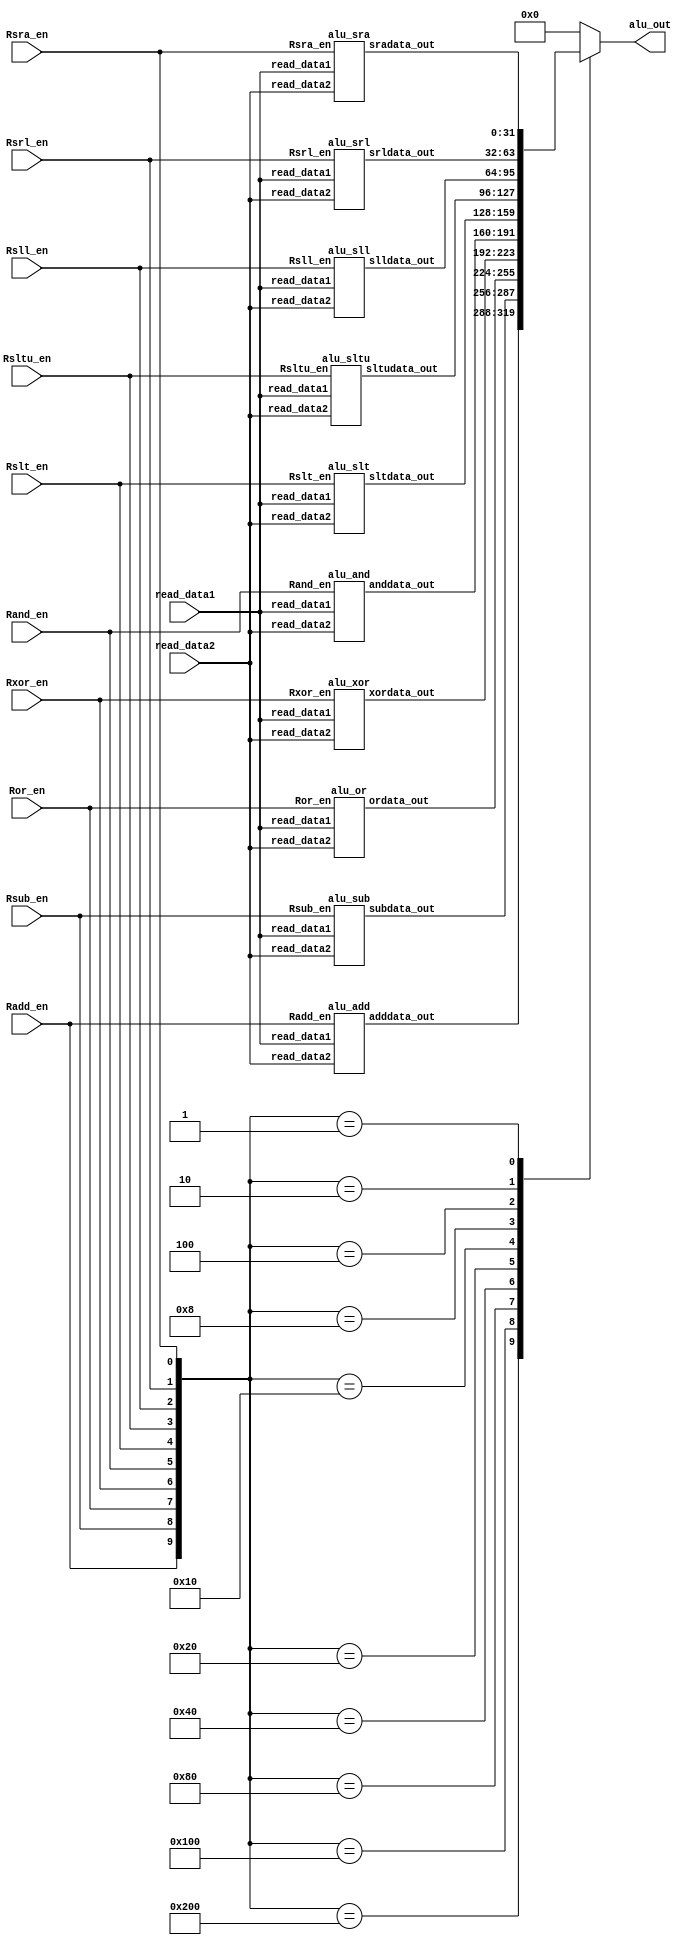
module alu_module(Radd_en,Rsub_en,Ror_en,Rxor_en,Rand_en,Rslt_en,Rsltu_en,Rsll_en,Rsrl_en,Rsra_en,read_data1,read_data2,alu_out);

input wire Radd_en,Rsub_en,Ror_en,Rxor_en,Rand_en,Rslt_en,Rsltu_en,Rsll_en,Rsrl_en,Rsra_en;
input wire [31:0] read_data1,read_data2;
output reg [31:0] alu_out;

wire [31:0] adddata_out,subdata_out,ordata_out,xordata_out,anddata_out,sltdata_out,sltudata_out,slldata_out,srldata_out,sradata_out;

alu_add u1(.read_data1(read_data1),.read_data2(read_data2),.adddata_out(adddata_out),.Radd_en(Radd_en));
alu_sub u2(.read_data1(read_data1),.read_data2(read_data2),.subdata_out(subdata_out),.Rsub_en(Rsub_en));
alu_or u3(.read_data1(read_data1),.read_data2(read_data2),.ordata_out(ordata_out),.Ror_en(Ror_en));
alu_xor u4(.read_data1(read_data1),.read_data2(read_data2),.xordata_out(xordata_out),.Rxor_en(Rxor_en));
alu_and u5(.read_data1(read_data1),.read_data2(read_data2),.anddata_out(anddata_out),.Rand_en(Rand_en));
alu_slt u6(.read_data1(read_data1),.read_data2(read_data2),.sltdata_out(sltdata_out),.Rslt_en(Rslt_en));
alu_sltu u7(.read_data1(read_data1),.read_data2(read_data2),.sltudata_out(sltudata_out),.Rsltu_en(Rsltu_en));
alu_sll u8(.read_data1(read_data1),.read_data2(read_data2),.slldata_out(slldata_out),.Rsll_en(Rsll_en));
alu_srl u9(.read_data1(read_data1),.read_data2(read_data2),.srldata_out(srldata_out),.Rsrl_en(Rsrl_en));
alu_sra u10(.read_data1(read_data1),.read_data2(read_data2),.sradata_out(sradata_out),.Rsra_en(Rsra_en));

always@(*)
begin
case({Radd_en,Rsub_en,Ror_en,Rxor_en,Rand_en,Rslt_en,Rsltu_en,Rsll_en,Rsrl_en,Rsra_en})

10'b1000000000 : alu_out<=adddata_out;
10'b0100000000 : alu_out<=subdata_out;
10'b0010000000 : alu_out<=ordata_out;
10'b0001000000 : alu_out<=xordata_out;
10'b0000100000 : alu_out<=anddata_out;
10'b0000010000 : alu_out<=sltdata_out;
10'b0000001000 : alu_out<=sltudata_out;
10'b0000000100 : alu_out<=slldata_out;
10'b0000000010 : alu_out<=srldata_out;
10'b0000000001 : alu_out<=sradata_out;
default : alu_out<=0;
endcase
end
endmodule

//add
module alu_add(
input [31:0]read_data1,
input [31:0]read_data2,
output [31:0] adddata_out,
input Radd_en
);

assign adddata_out=Radd_en?(read_data1 + read_data2):0;
endmodule


//sub
module alu_sub(
input [31:0]read_data1,
input [31:0]read_data2,
output [31:0] subdata_out,

input Rsub_en
);

assign subdata_out=Rsub_en?((read_data1 > read_data2)?(read_data1-read_data2):(read_data2-read_data1)):0;
endmodule


//or
module alu_or(
input [31:0]read_data1,
input [31:0]read_data2,
output [31:0] ordata_out,

input Ror_en
);

assign ordata_out=Ror_en?(read_data1 | read_data2):0;
endmodule


//xor
module alu_xor(
input [31:0]read_data1,
input [31:0]read_data2,
output [31:0] xordata_out,

input Rxor_en
);

assign xordata_out=Rxor_en?(read_data1^read_data2):0;
endmodule

//and
module alu_and(
input [31:0]read_data1,
input [31:0]read_data2,
output reg [31:0] anddata_out,

input Rand_en
);

always@(*)
begin
if(Rand_en)
anddata_out<=(read_data1) & (read_data2);
else
anddata_out<=0;
end
endmodule

//slt
module alu_slt(
input [31:0]read_data1,
input [31:0]read_data2,
output reg [31:0] sltdata_out,

input Rslt_en
);

always@(*)
begin
case(Rslt_en)
1'b1:
begin
if(read_data1[31]==0 && read_data2[31]==0)
   begin
   if(read_data1<read_data2)
        sltdata_out<=1;
   else if(read_data1>read_data2)
	sltdata_out<=0;
   else
	sltdata_out<=32'bx;
   end
else if(read_data1[31]==0 && read_data2[31]==1)
        sltdata_out<=0;
else if(read_data1[31]==1 && read_data2[31]==0)
	sltdata_out<=1;
else if(read_data1[31]==1 && read_data2[31]==1)
   begin
   if(read_data1<read_data2)
        sltdata_out<=0;
   else if(read_data1>read_data2)
	sltdata_out<=1;
   else
	sltdata_out<=32'bx;
   end
else
	sltdata_out<=1'bx;
end
endcase
end
endmodule

//sll.........................................
module alu_sll(
input [31:0]read_data1,
input [31:0]read_data2,
output [31:0] slldata_out,

input Rsll_en
);

assign slldata_out=Rsll_en?(read_data1 << read_data2):0;
endmodule

//sltu..........................................
module alu_sltu(
input [31:0]read_data1,
input [31:0]read_data2,
output reg [31:0] sltudata_out,

input Rsltu_en
);

always@(*)
begin
case(Rsltu_en)
1'b1:
  if(read_data1[31]==0 && read_data2[31]==0)
      begin
         if(read_data1>read_data2)	
	  sltudata_out<=1;
         else
	  sltudata_out<=0;
      end
  else
     sltudata_out<=0;

  default:
     sltudata_out<=0;

endcase
end
endmodule

//sra.......................................................
module alu_sra(
input [31:0]read_data1,
input [31:0]read_data2,
output [31:0] sradata_out,

input Rsra_en
);

assign sradata_out=Rsra_en?(read_data1 >>> read_data2):0;
endmodule

//srl......................................................
module alu_srl(
input [31:0]read_data1,
input [31:0]read_data2,
output [31:0] srldata_out,

input Rsrl_en
);

assign srldata_out=Rsrl_en?(read_data1 >> read_data2):0;
endmodule